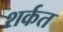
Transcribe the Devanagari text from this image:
शर्कत